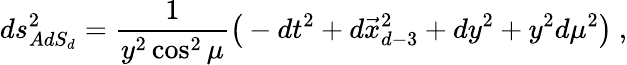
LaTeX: ds_{AdS_{d}}^{2}={\frac{1}{y^{2}\cos^{2}\mu}}\big(-dt^{2}+d\vec{x}_{d-3}^{2}+dy^{2}+y^{2}d\mu^{2}\big)\ ,